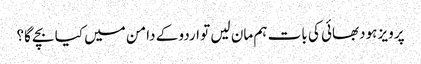
پرویز ہودبھائی کی بات ہم مان لیں تو اردو کے دامن میں کیا بچے گا؟